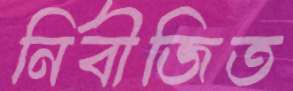
নির্বীজিত